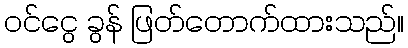
ဝင်ငွေ ခွန် ဖြတ်တောက်ထားသည်။